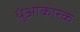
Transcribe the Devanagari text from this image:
धुंआकारक